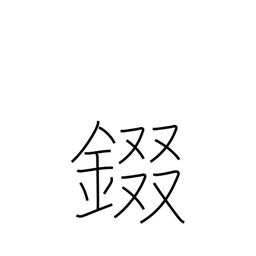
Meaning: armor neckplates